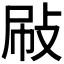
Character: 𢼞